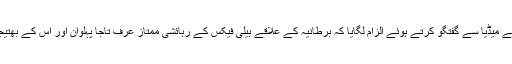
میرپور آزاد کشمیر پریس کلب میں متاثرہ خواتین صائمہ کوثر، سمیرا پروین، سوہنیا بشیر اور کرن نے میڈیا سے گفتگو کرتے ہوئے الزام لگایا کہ برطانیہ کے علاقے ہیلی فیکس کے رہائشی ممتاز عرف تاجا پہلوان اور اس کے بھتیجے خواتین کو برطانیہ لے جانے کے خواب دکھا کر شادی کرتے ہیں اور چھوڑ کر چلے جاتے ہیں۔